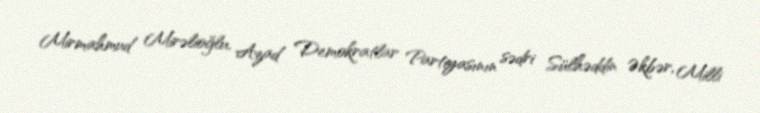
Mirmahmud Mirəlioğlu, Azad Demokratlar Partiyasının sədri Sülhəddin Əkbər, Milli